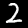
Label: 2